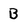
Character: B